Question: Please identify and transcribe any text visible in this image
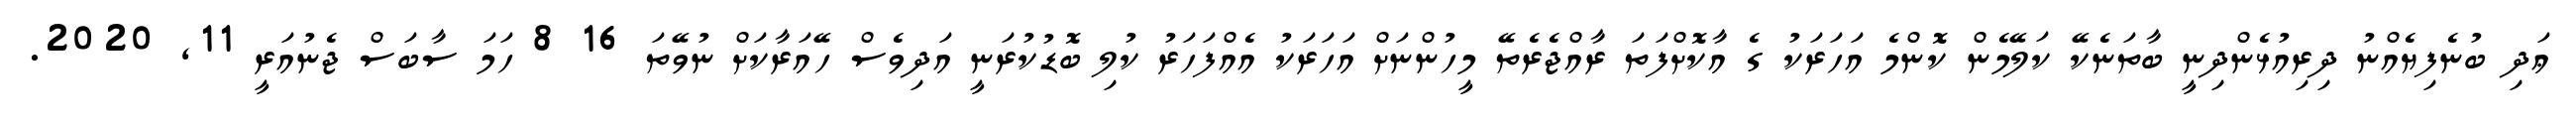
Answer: ޢަދި ބުނެފިޔެއްނު ދިރިއުޅެންދިނީ ބާތަނެކޭ ކަލޭމެން ކޮންމެ އަހަރަކު ގެ އާކޮށްފަތަ ރާއްޖެރެތޭ މީހުންނަށް އަހަރަކު އެއްފަހަރު ކުލި ބޮޑުކުރަނީ އަދިވެސް ހޭއަރާކަށް ނުވޭތަ 16 8 ހަމަ ސާބަސް ޖެނުއަރީ 11, 2020.